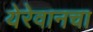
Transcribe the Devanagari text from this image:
येरेवानचा